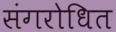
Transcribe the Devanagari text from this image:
संगरोधित